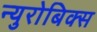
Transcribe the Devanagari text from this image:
न्युरोबिक्स